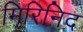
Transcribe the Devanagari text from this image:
मिरिनिद